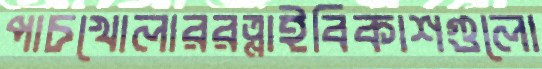
পাচখোলাররত্নাইবিকাশগুলো